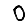
Digit: 0